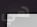
هي